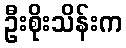
ဦးစိုးသိန်းက